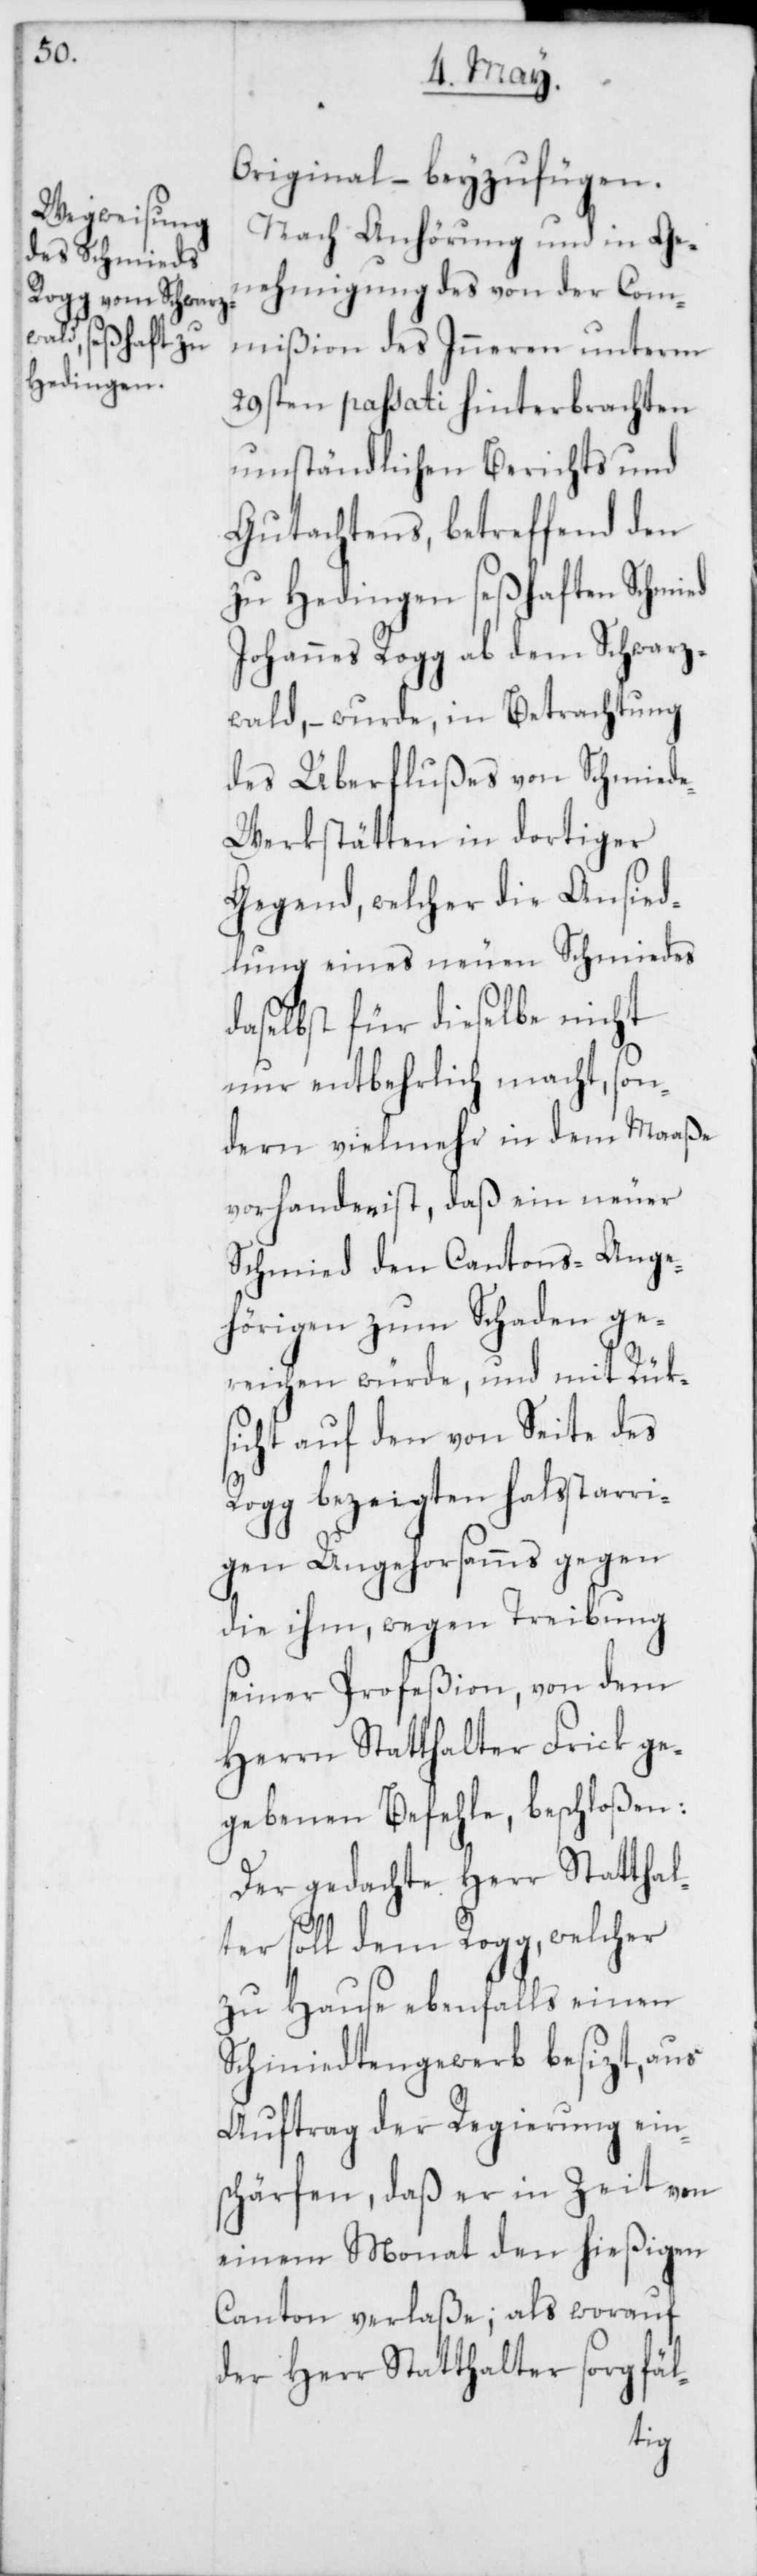
Original, – beyzufügen.
Nach Anhörung und in Ge¬
nehmigung des von der Com¬
mißion des Inneren unterm
29sten passati hinterbrachten
umständlichen Berichts und
Gutachtens, betreffend den
zu Hedingen seßhaften Schmied
Johannes Rogg ab dem Schwarz¬
wald, – wurde, in Betrachtung
des Überflußes von Schmied¬
e-Werkstätten in dortiger
Gegend, welcher die Ansied¬
lung eines neuen Schmiedes
daselbst für dieselbe nicht
nur entbehrlich macht, son¬
dern vielmehr in dem Maaße
vorhanden ist, daß ein neuer
Schmied den Cantons-Ange¬
hörigen zum Schaden ge¬
reichen würde, und mit Rük¬
sicht auf den von Seite des
Rogg bezeigten halsstarris¬
chen Ungehorsams gegen
die ihm, wegen Treibung
seiner Profeßion, von dem
Herrn Statthalter Frick ge¬
gebenen Befehle, beschloßen:
Der gedachte Herr Statthal¬
ter soll dem Rogg, welcher
zu Hause ebenfalls einen
Schmidtengewerb besizt, aus
Auftrag der Regierung ein¬
schärfen, daß er in Zeit von
einem Monat den hießigen
Canton verlaße; als worauf
der Herr Statthalter sorgfäl-